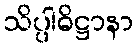
သိပ္ပါဓိဋ္ဌာနာ